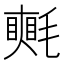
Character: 𣰋